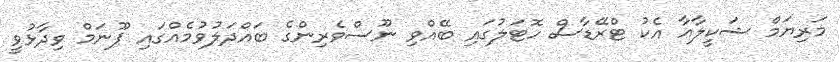
މަރިޔަމް ޝަކީލާއާ އެކު ޓްރޭޑާސް ހޮޓަލުގައި ބޭއްވި ނޫސްވެރިންގެ ބައްދަލުވުމެއްގައި ޕޫނަމް ވިދާޅުވީ